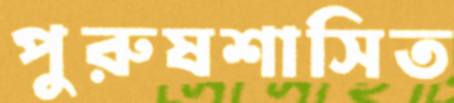
পুরুষশাসিত